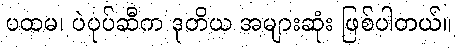
ပထမ၊ ပဲပုပ်ဆီက ဒုတိယ အများဆုံး ဖြစ်ပါတယ်။